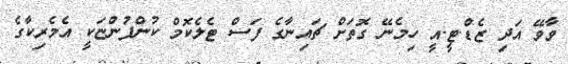
ވާވޭ އަދި ޒެޑް.ޓީ.އީ ހިމެނޭ ގޮތަށް ޗައިނާގެ ފަސް ޓެލެކޮމް ކުންފުންޏަކީ އެމެރިކާގެ